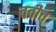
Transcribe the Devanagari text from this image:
चवीत